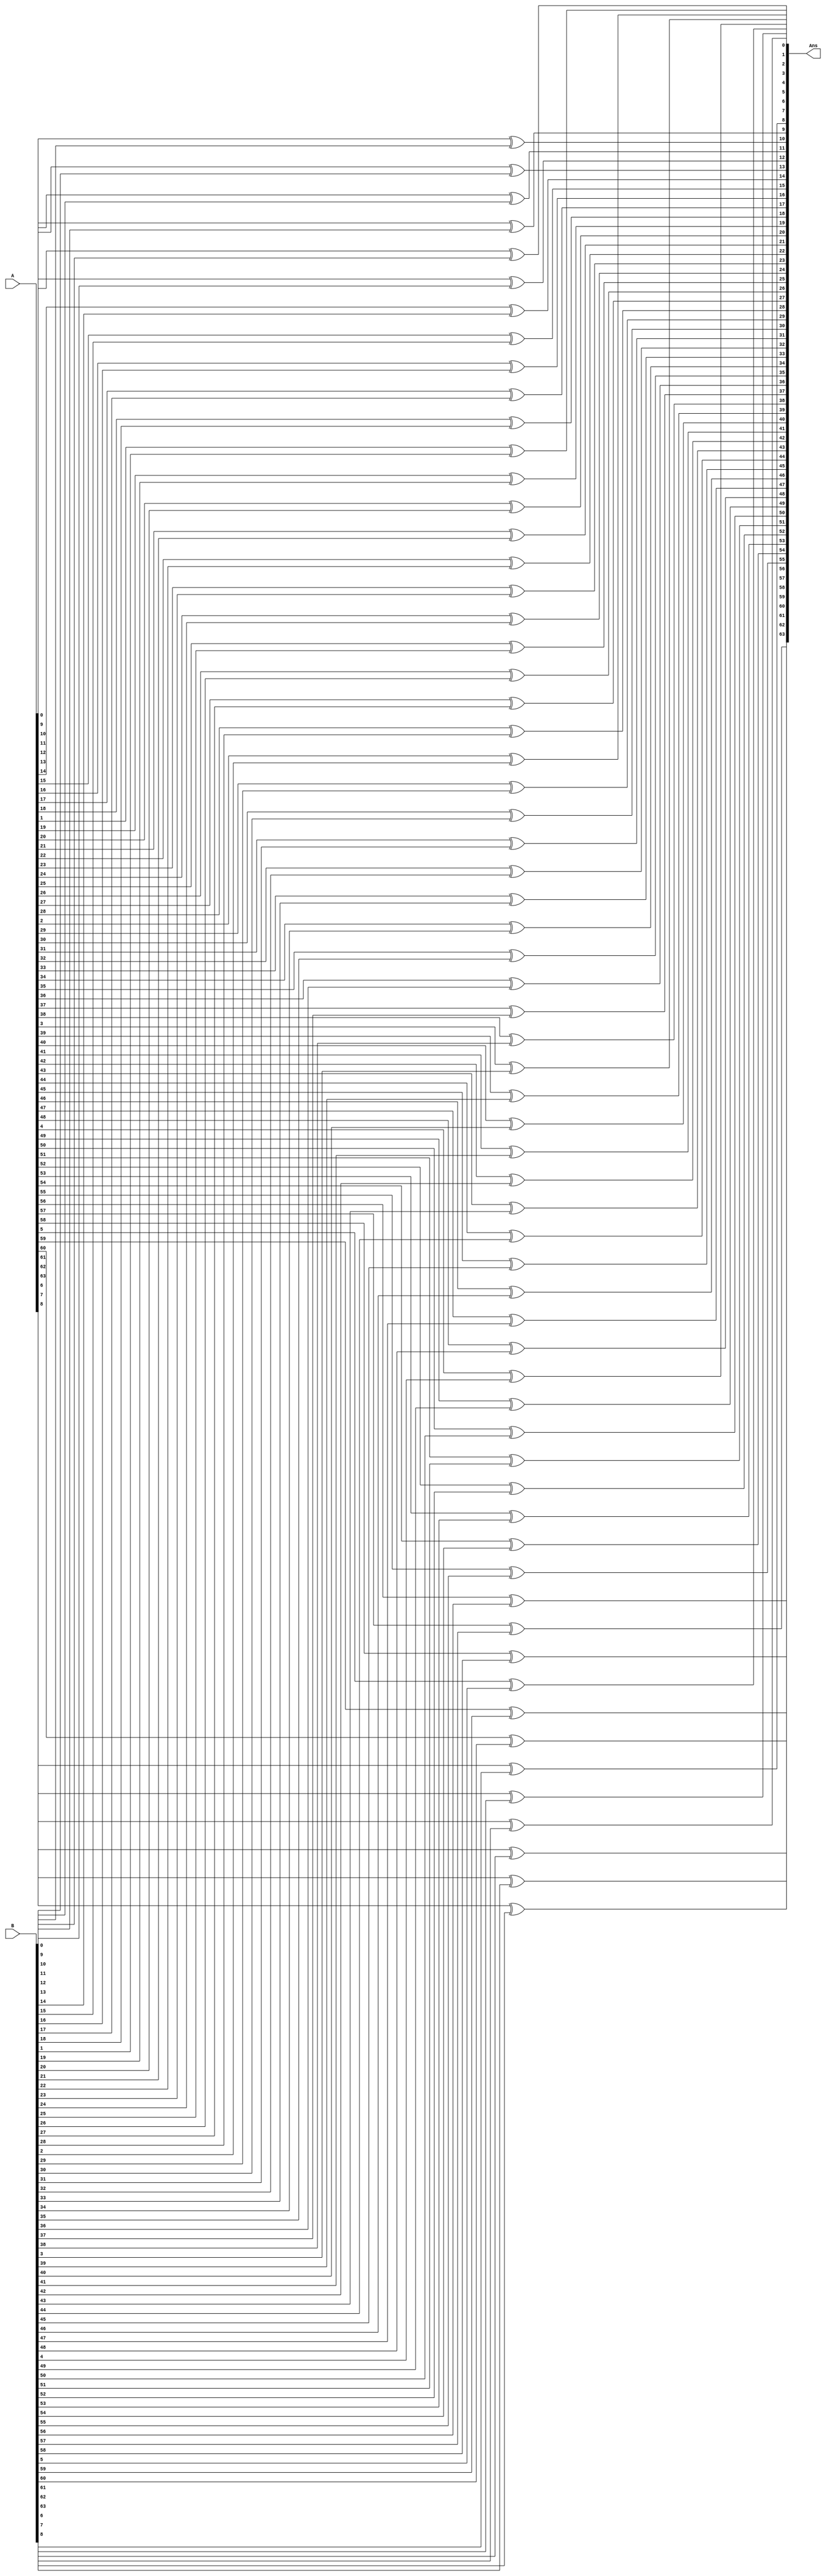
module xor64bits(A,B,Ans);
    input [63:0]A;
    input [63:0]B;
    output [63:0]Ans;

    genvar i;
    for(i= 0;i<64; i=i+1)begin
        xor(Ans[i] , A[i], B[i]);
        // $display(Ans[i]);
        
    end

    //$monitor($time,"A=%b \n B=%b \n Out=%b\n", A,B, Ans);
      
endmodule